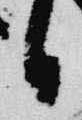
日